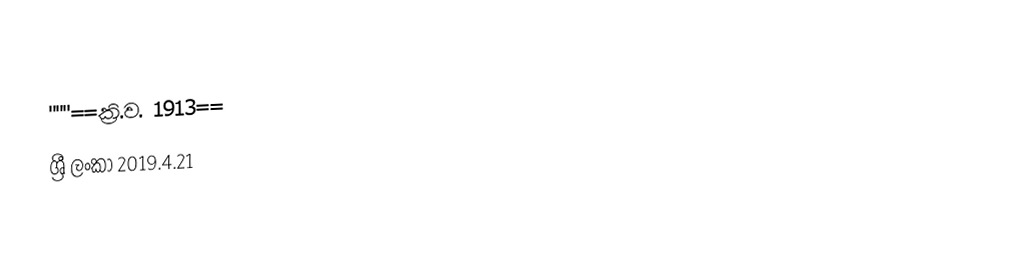
''''''==ක්‍රි.ව. 1913==
ශ්‍රී ලංකා 2019.4.21